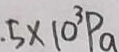
5 \times 1 0 ^ { 3 } P _ { a }